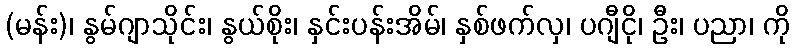
(မန်း)၊ နွမ်ဂျာသိုင်း၊ နွယ်စိုး၊ နှင်းပန်းအိမ်၊ နှစ်ဖက်လှ၊ ပဂျီငို၊ ဦး၊ ပညာ၊ ကို